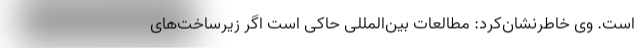
است. وی خاطرنشان‌کرد: مطالعات بین‌المللی حاکی است اگر زیرساخت‌های